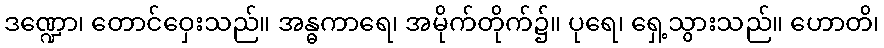
ဒဏ္ဍော၊ တောင်ဝှေးသည်။ အန္ဓကာရေ၊ အမိုက်တိုက်၌။ ပုရေ၊ ရှေ့သွားသည်။ ဟောတိ၊